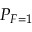
P _ { F = 1 }